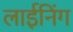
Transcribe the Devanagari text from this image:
लाईनिंग